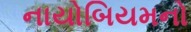
નાયોબિયમનો